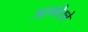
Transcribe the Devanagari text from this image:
उद्गीरचे